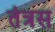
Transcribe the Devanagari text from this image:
तंत्रस